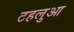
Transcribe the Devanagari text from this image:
टहलुआ